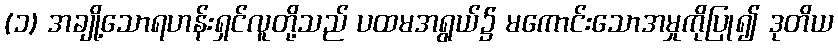
(၁) အချို့သောရဟန်းရှင်လူတို့သည် ပထမအရွယ်၌ မကောင်းသောအမှုကိုပြု၍ ဒုတိယ